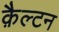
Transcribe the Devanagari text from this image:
क़ैल्टन